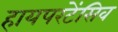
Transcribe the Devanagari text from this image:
हायपरटेंसिव